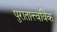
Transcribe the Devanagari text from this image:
पुरातात्त्वविक